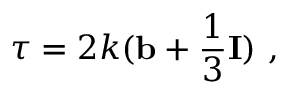
\boldsymbol { \tau } = 2 k ( \mathbf { b } + \frac { 1 } { 3 } \mathbf { I } ) \mathrm { ~ , ~ }